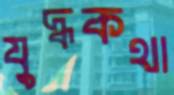
যুদ্ধকথা